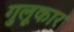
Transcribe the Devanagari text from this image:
गुलूकार